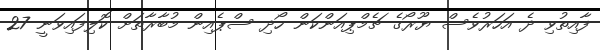
ފާއިތުވި ދެ އަހަރުވެސް ޔޫރޯގެ ޗެމްޕިއަންކަން ހޯދި ސްޕެއިން މުބާރާތަށް ކޮލިފައިވަނީ 27